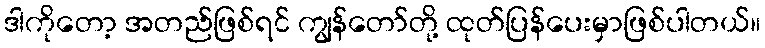
ဒါကိုတော့ အတည်ဖြစ်ရင် ကျွန်တော်တို့ ထုတ်ပြန်ပေးမှာဖြစ်ပါတယ်။